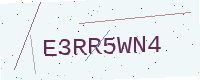
Text: E3RR5WN4